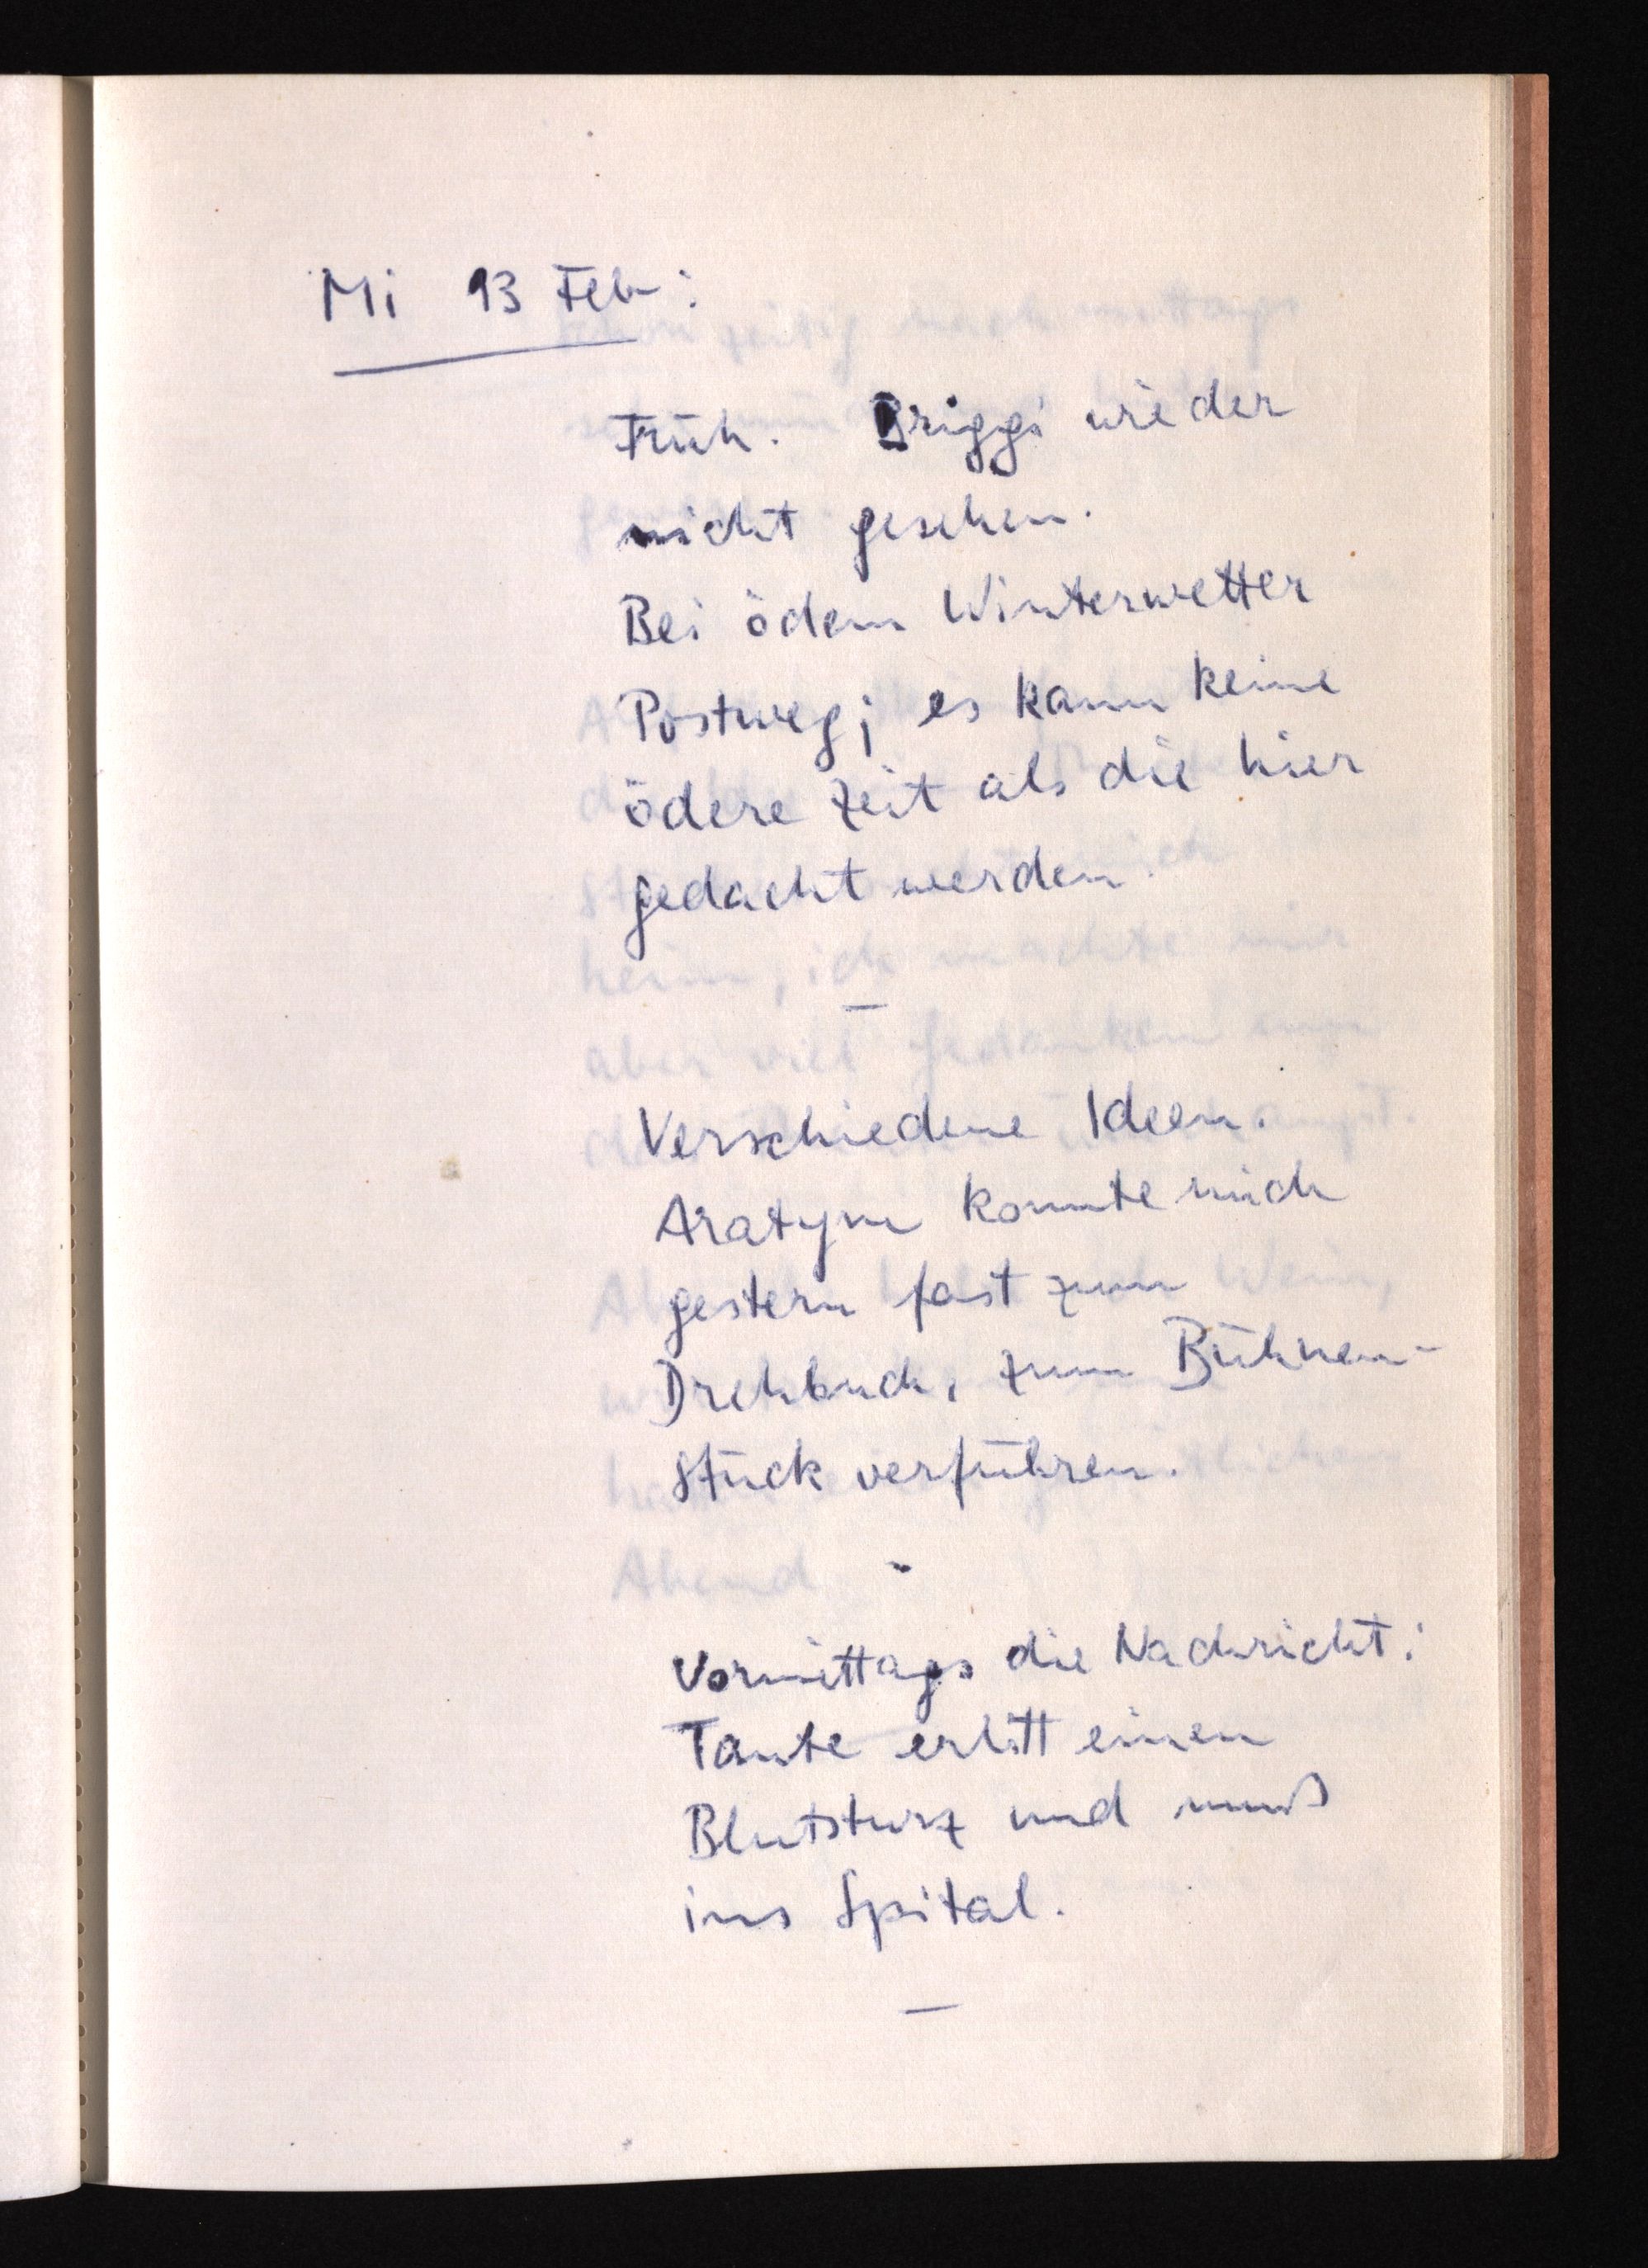
Mi 13 Feb:
Früh. Briggi wieder
nicht gesehen.
Bei ödem Winterwetter
Postweg; es kann keine
ödere Zeit als die hier
gedacht werden.
Verschiedene Ideen.
Aratym konnte mich
gestern fast zum
Drehbuch, zum Bühnen¬
stück verführen.
Vormittags die Nachricht:
Tante erlitt einen
Blutsturz und muß
ins Spital.